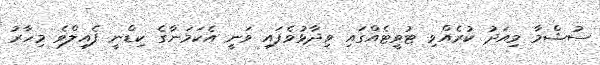
ސުޝްމާ މިއަދު ކުރެއްވި ޓުވީޓެއްގައި ވިދާޅުވެފައި ވަނީ އެކަމަނާގެ ކިޑްނީ ފެއިލްވެ މިހާރު